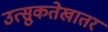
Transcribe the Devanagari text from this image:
उत्सुकतेखातर